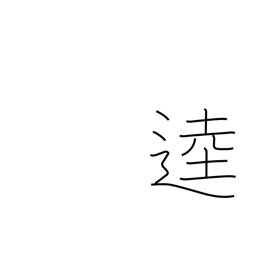
Meaning: broad road